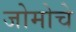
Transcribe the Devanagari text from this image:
जोमोचे